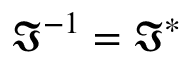
{ \mathfrak { I } } ^ { - 1 } = { \mathfrak { I } } ^ { * }